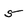
Character: 5